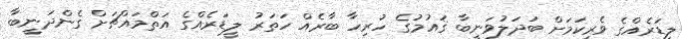
ލީޑަރެއްގެ ވެރިކަމަށް ބަދަލުވަނީބާ ޤައުމުގެ ހުރިހާ ބާރެއް ހަތަރު ލީޑަރެއްގެ އަތްމައްޗަށް ގެންދަނީބާ